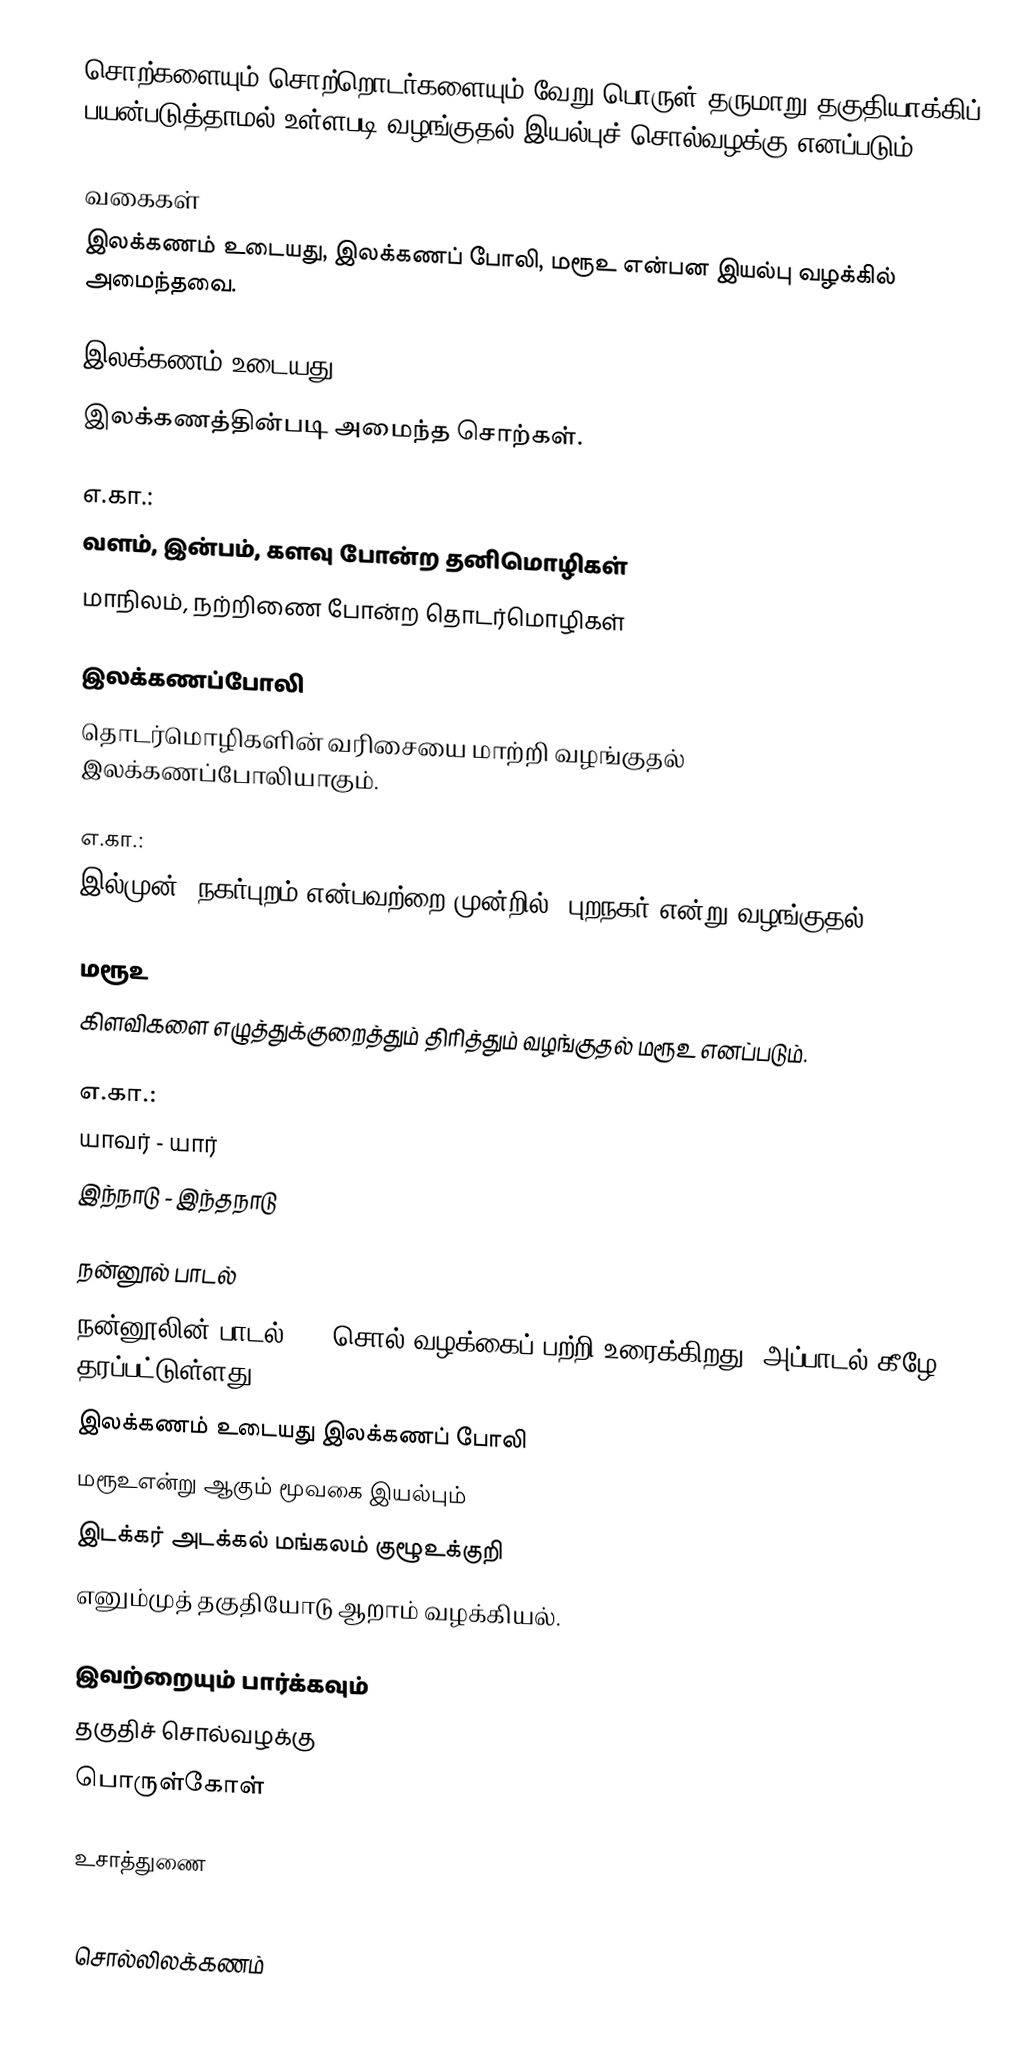
சொற்களையும் சொற்றொடர்களையும் வேறு பொருள் தருமாறு தகுதியாக்கிப் பயன்படுத்தாமல் உள்ளபடி வழங்குதல் இயல்புச் சொல்வழக்கு எனப்படும்.

வகைகள்
இலக்கணம் உடையது, இலக்கணப் போலி, மரூஉ என்பன இயல்பு வழக்கில் அமைந்தவை.

இலக்கணம் உடையது
இலக்கணத்தின்படி அமைந்த சொற்கள்.

எ.கா.:
வளம், இன்பம், களவு போன்ற தனிமொழிகள்
மாநிலம், நற்றிணை போன்ற தொடர்மொழிகள்

இலக்கணப்போலி
தொடர்மொழிகளின் வரிசையை மாற்றி வழங்குதல் இலக்கணப்போலியாகும்.

எ.கா.:
இல்முன், நகர்புறம் என்பவற்றை முன்றில், புறநகர் என்று வழங்குதல்

மரூஉ
கிளவிகளை எழுத்துக்குறைத்தும் திரித்தும் வழங்குதல் மரூஉ எனப்படும்.

எ.கா.:
யாவர் - யார்
இந்நாடு - இந்தநாடு

நன்னூல் பாடல்
நன்னூலின் பாடல் 267 சொல் வழக்கைப் பற்றி உரைக்கிறது. அப்பாடல் கீழே தரப்பட்டுள்ளது.
 இலக்கணம் உடையது இலக்கணப் போலி
 மரூஉஎன்று ஆகும் மூவகை இயல்பும்
 இடக்கர் அடக்கல் மங்கலம் குழூஉக்குறி
 எனும்முத் தகுதியோடு ஆறாம் வழக்கியல்.

இவற்றையும் பார்க்கவும்
 தகுதிச் சொல்வழக்கு
 பொருள்கோள்

உசாத்துணை

சொல்லிலக்கணம்